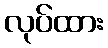
လုပ်ထား